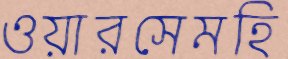
ওয়ারসেমহি